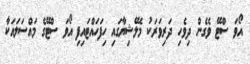
އޯވަ ސްޓޭ ވެގެން ދިވެހި ދަރިވަރަކު މެލޭޝިޔާގައި ހިފަހައްޓައިފި އޯވަ ސްޓޭގެ މައްސަލައަކާ